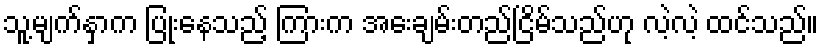
သူ့မျက်နှာက ပြုံးနေသည့် ကြားက အေးချမ်းတည်ငြိမ်သည်ဟု လဲ့လဲ့ ထင်သည်။